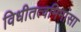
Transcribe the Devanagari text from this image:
विधीतत्वमिमांसा